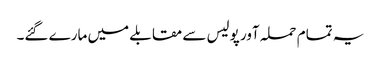
یہ تمام حملہ آور پولیس سے مقابلے میں مارے گئے۔